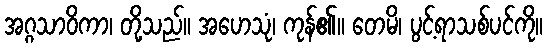
အဂ္ဂသာဝိကာ၊ တို့သည်။ အဟေသုံ၊ ကုန်၏။ တေမိ၊ ပွင့်ရာသစ်ပင်ကို။